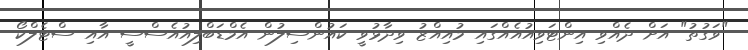
"ވަގުތު" އަށް ދެއްވި އިންޓަވިއުއެއްގައި މުއިއްޒު ވިދާޅުވީ ކައުންސިލުން އެމްޑަބްލިއުއެސްސީ އާއި ސްޓެލްކޯ